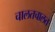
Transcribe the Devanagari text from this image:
चालतचालत